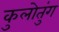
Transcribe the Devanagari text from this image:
कुलोतुंग